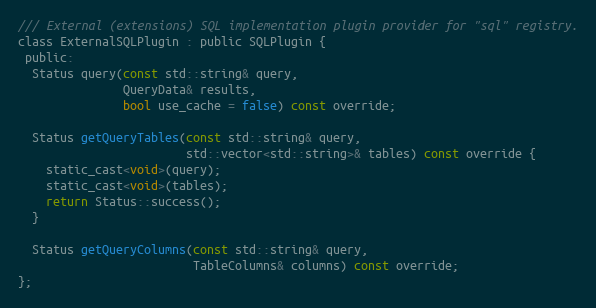
Language: C
/// External (extensions) SQL implementation plugin provider for "sql" registry.
class ExternalSQLPlugin : public SQLPlugin {
 public:
  Status query(const std::string& query,
               QueryData& results,
               bool use_cache = false) const override;

  Status getQueryTables(const std::string& query,
                        std::vector<std::string>& tables) const override {
    static_cast<void>(query);
    static_cast<void>(tables);
    return Status::success();
  }

  Status getQueryColumns(const std::string& query,
                         TableColumns& columns) const override;
};